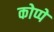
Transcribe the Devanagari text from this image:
कोप्पे